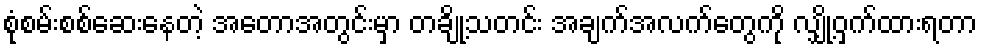
စုံစမ်းစစ်ဆေးနေတဲ့ အတောအတွင်းမှာ တချို့သတင်း အချက်အလက်တွေကို လျှို့ဝှက်ထားရတာ